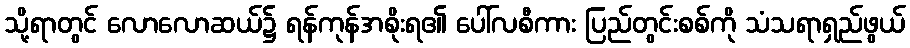
သို့ရာတွင် လောလောဆယ်၌ ရန်ကုန်အစိုးရ၏ ပေါ်လစီကား ပြည်တွင်းစစ်ကို သံသရာရှည်ဖွယ်